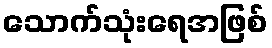
သောက်သုံးရေအဖြစ်